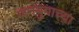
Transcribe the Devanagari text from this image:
जनयुगाच्या